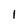
Character: I